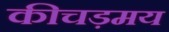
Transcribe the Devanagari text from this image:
कीचड़मय